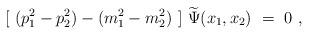
LaTeX: \begin{align*}[\ (p_1^2-p_2^2) - (m_1^2-m_2^2)\ ]\ \widetilde \Psi (x_1,x_2)\ =\ 0\ ,\end{align*}